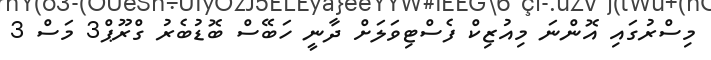
މިސްރުގައި އޮންނަ މިއުޒިކް ފެސްޓިވަލަށް ދާނީ ހަބޭސް ބޮޑުބެރު ގްރޫޕް3 މަސް 3